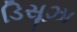
ડિસૂઝા